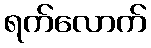
ရက်လောက်